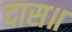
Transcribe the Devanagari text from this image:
दास॥